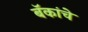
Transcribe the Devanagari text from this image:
बॅंकांचे